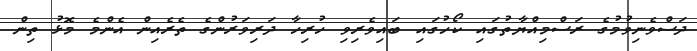
ދަސްވެނިވުމުގެ ރަސްމިއްޔާތުގައި ކޯހުގައި ބައިވެރިވި ހުރިހާ ދަރިވަރުންގެ ތެރެއިން އެންމެ މޮޅު ތިން